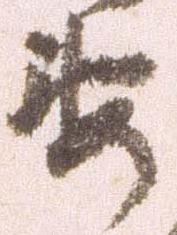
要